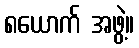
၈ယောက် အဖွဲ့။